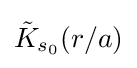
{\tilde {K}}_{s_{0}}(r/a)